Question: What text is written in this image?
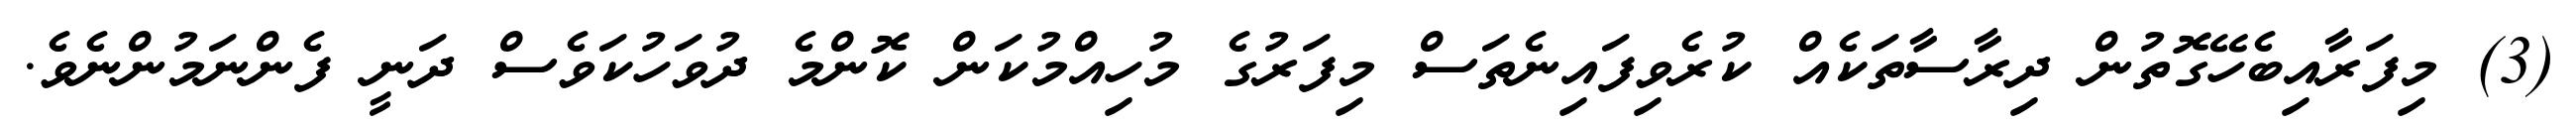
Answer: (3) މިފަރާއިބެހޭގޮތުން ދިރާސާތަކެއް ކުރެވިފައިނެތަސް މިފަރުގެ މުހިއްމުކަން ކޮންމެ ދުވަހުކަވެސް ދަނީ ފެންނަމުންނެވެ.